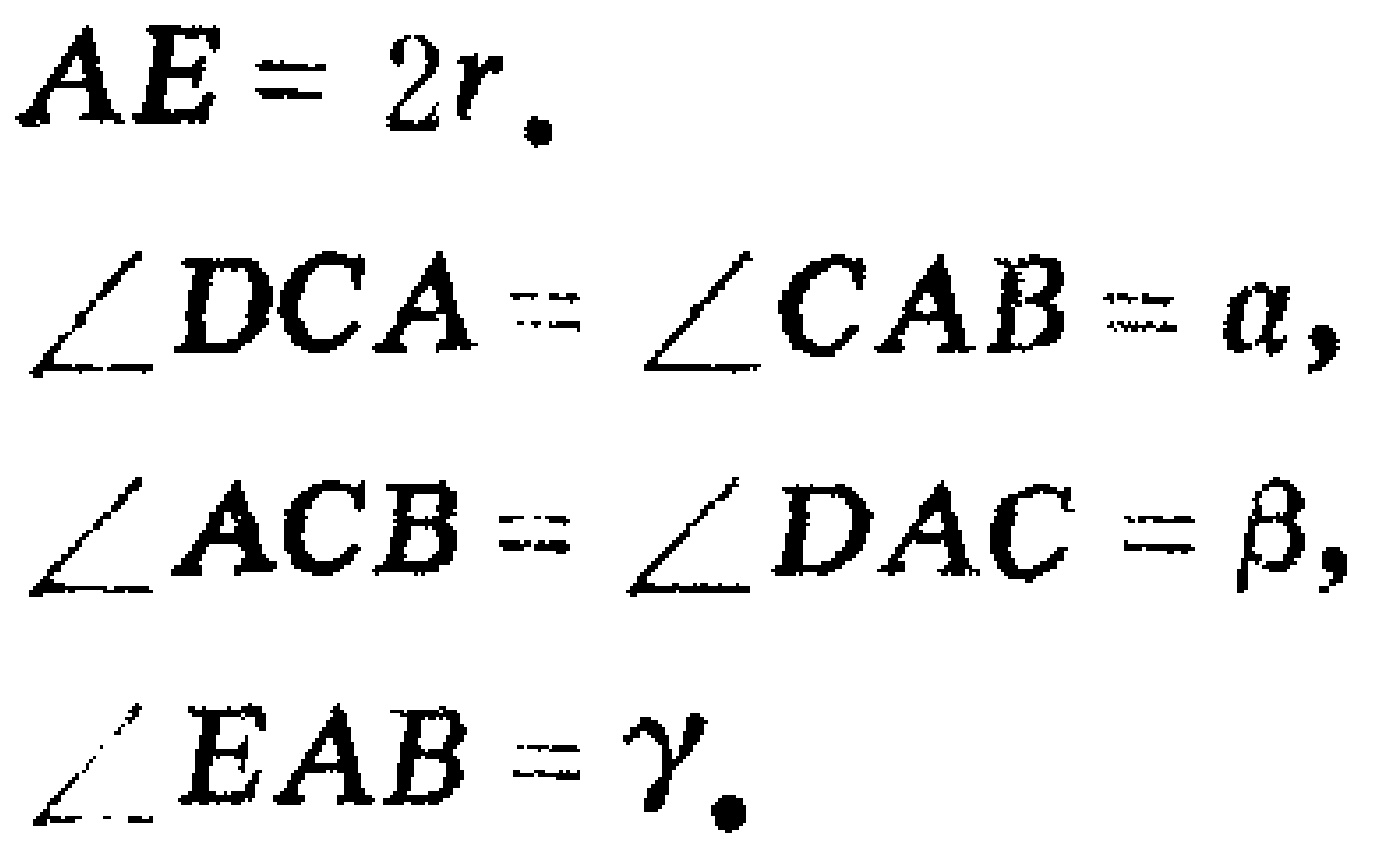
$AE = 2r. \\
\angle DCA=\angle CAB = \alpha,\\
\angle ACB=\angle DAC=\beta,\\
\angle EAB=\gamma.$